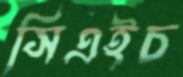
সিএইচ